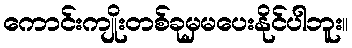
ကောင်းကျိုးတစ်ခုမှမပေးနိုင်ပါဘူး။